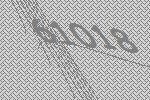
61018